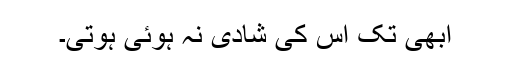
ابھی تک اس کی شادی نہ ہوئی ہوتی۔